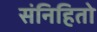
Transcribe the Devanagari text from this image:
संनिहितो